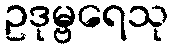
ဥဒုမ္ဗရေသု